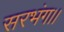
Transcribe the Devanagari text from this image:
सरभंग।।